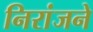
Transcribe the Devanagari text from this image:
निरांजने